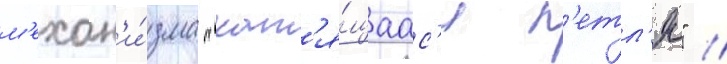
м'ехан'и́зма "кат'я́щаас'я п'етл'я" //